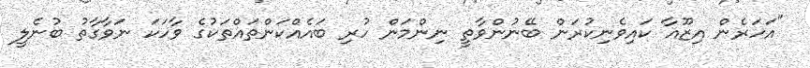
"އަހަރެން އިޒޫއާ ކައިވެނިކުރަން ބޭނުންވާތީ ނިންމަން ހުރި ބައެއްކަންތައްތަކުގެ ވާހަކަ ނަވާގާތު ބުނެލީ